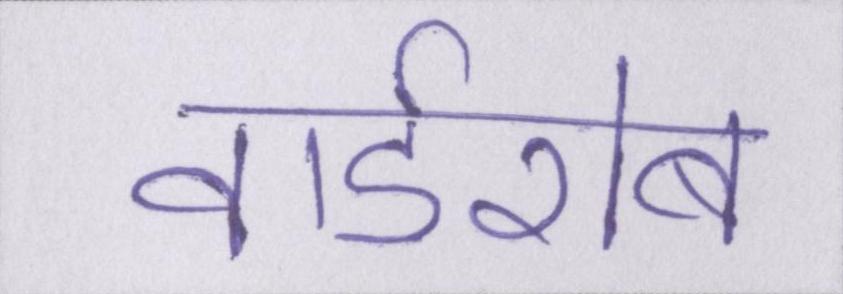
वार्डरोब